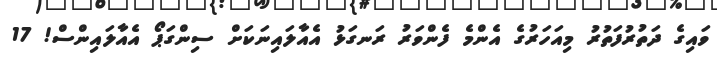
ވައިގެ ދަތުރުފަތުރު މިއަހަރުގެ އެންމެ ފެންވަރު ރަނގަޅު އެއާލައިނަކަށް ސިންގަޕޯ އެއާލައިންސް! 17